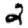
Digit: 2